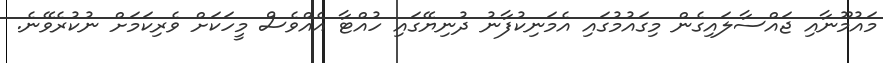
މައުމޫނާއި ޖައްސާލައިގެން މިގައުމުގައި އެމަނިކުފާނު ދުނިޔޭގައި ހުއްޓާ އެއްވެސް މީހަކަށް ވެރިކަމަށް ނުކުރެވޭނެ.